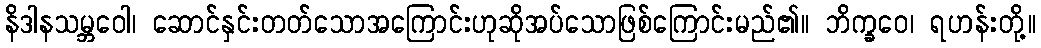
နိဒါနသမ္ဘဝေါ၊ ဆောင်နှင်းတတ်သောအကြောင်းဟုဆိုအပ်သောဖြစ်ကြောင်းမည်၏။ ဘိက္ခဝေ၊ ရဟန်းတို့။